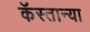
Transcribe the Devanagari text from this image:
कॅस्तान्या